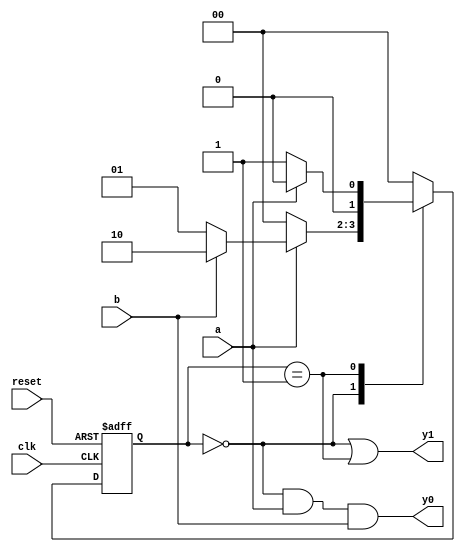
// Listing 7.10
module fsm_eg_merged
   (
     input wire  clk, reset,
     input wire  a, b,
     output wire y0, y1
   );

   // symbolic state declaration
   parameter [1:0] s0 = 2'b00,
                   s1 = 2'b01,
                   s2 = 2'b10;

   // signal declaration
   reg [1:0] state_reg;

   // state register and next-state logic
   always @(posedge clk, posedge reset)
      if (reset)
         state_reg <= s0;
      else
         case (state_reg)
           s0: if (a)
                 if (b)
                    state_reg <= s2;
                 else
                    state_reg <= s1;
               else
                 state_reg <= s0;
           s1: if (a)
                 state_reg <= s0;
               else
                 state_reg <= s1;
           s2: state_reg <= s0;
           default state_reg <= s0;
         endcase

   // Moore output logic
   assign y1 = (state_reg==s0) || (state_reg==s1);

   // Mealy output logic
   assign y0 = (state_reg==s0) & a & b;

endmodule